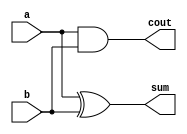
module hadder (
    input a, b,
    output cout, sum);

    assign cout = (a & b);
    assign sum = (a ^ b);
    
endmodule

module test;

    reg a, b;
    wire cout;
    wire sum;
    integer i;

    hadder u0 ( .a(a), .b(b), .cout(cout), .sum(sum) );

    initial begin

        a <= 0;
        b <= 0;

        $monitor("a=%0b b=%0b cout=%0b sum=%0b", a, b, cout, sum);

        for (i = 0; i < 4; i = i + 1) begin
            {a, b} = i;
            #10;
        end

    end

endmodule